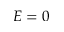
E = 0